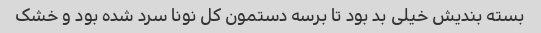
بسته بندیش خیلی بد بود تا برسه دستمون کل نونا سرد شده بود و خشک